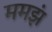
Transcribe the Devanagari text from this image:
ममझं